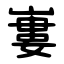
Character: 㟺